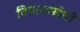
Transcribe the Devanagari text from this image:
विद्याशाखेची